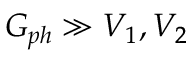
G _ { p h } \gg V _ { 1 } , V _ { 2 }